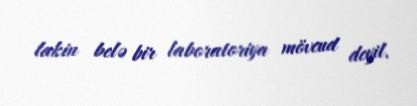
lakin belə bir laboratoriya mövcud deyil.